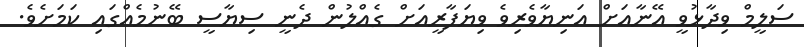
ސަލީމް ވިދާޅުވީ އޭނާއަށް އަނިޔާވެރިވެ ވިޔަފާރީއަަށް ގެއްލުން ދެނީ ސިޔާސީ ބޭނުމެއްގައި ކަމަށެވެ.